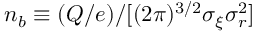
n _ { b } \equiv ( Q / e ) / [ ( 2 \pi ) ^ { 3 / 2 } \sigma _ { \xi } \sigma _ { r } ^ { 2 } ]